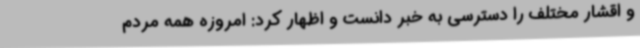
و اقشار مختلف را دسترسی به خبر دانست و اظهار کرد: امروزه همه مردم